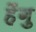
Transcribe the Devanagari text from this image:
हेंगु